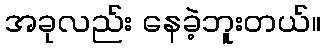
အခုလည်း နေခဲ့ဘူးတယ်။